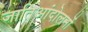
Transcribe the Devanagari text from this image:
जातिआंदोलनों